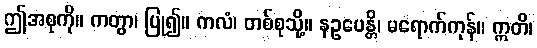
ဤအစုကို။ ကတွာ၊ ပြု၍။ ကလံ၊ တစ်စုသို့။ နဥပေန္တိ၊ မရောက်ကုန်။ ဣတိ၊